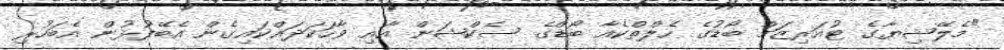
"މެލޭޝިޔާގެ ޓުއަރިޒަމް ބޯޑުގެ ހެލްތްކެއާ ބޯޑްގެ ސެކްޝަން އާއި ވާހަކަދައްކައިގެން އެބޭފުޅުން އެބަހުރި